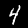
Label: 4